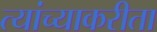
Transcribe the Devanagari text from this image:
त्यांच्याकरीता